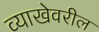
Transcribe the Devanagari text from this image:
व्याखेवरील